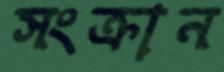
সংক্রান